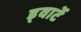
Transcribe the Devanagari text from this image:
ड्वार्टे